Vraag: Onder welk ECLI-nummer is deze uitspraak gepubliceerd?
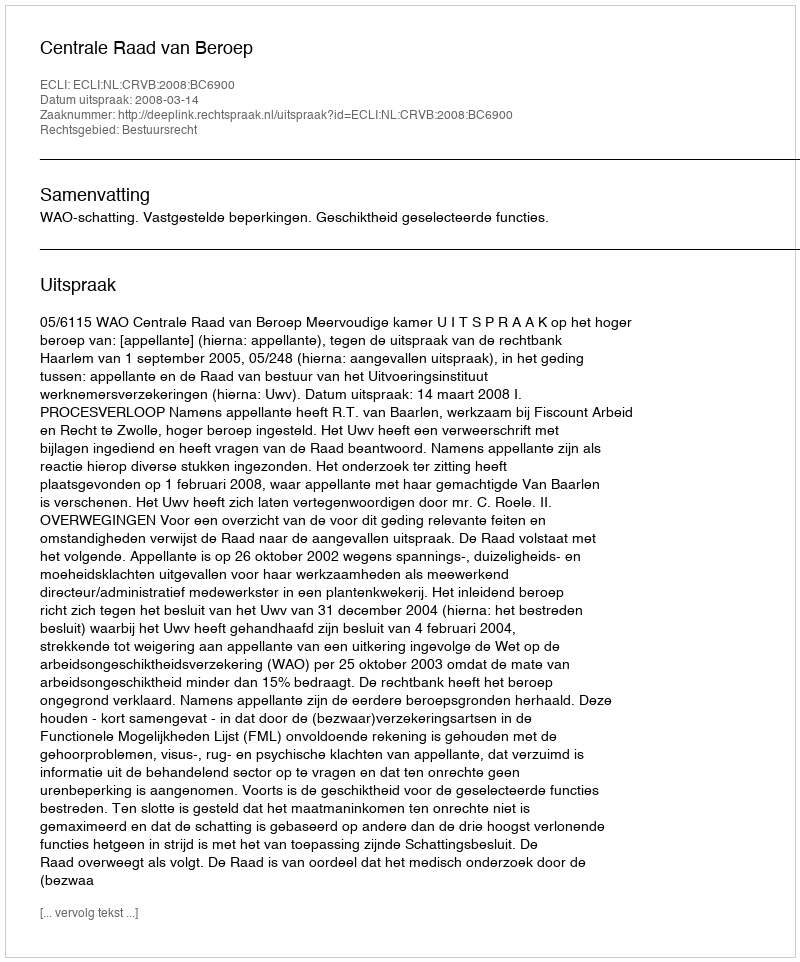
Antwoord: ECLI:NL:CRVB:2008:BC6900